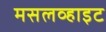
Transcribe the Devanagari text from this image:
मसलव्हाइट